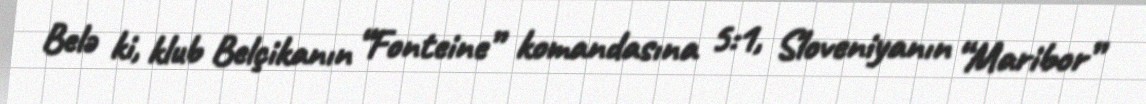
Belə ki, klub Belçikanın “Fonteine” komandasına 5:1, Sloveniyanın “Maribor”